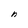
Character: n